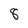
Character: 8